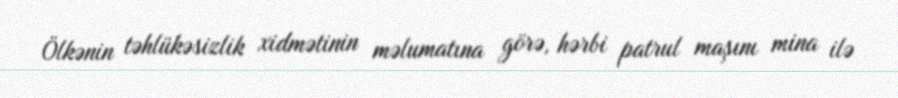
Ölkənin təhlükəsizlik xidmətinin məlumatına görə, hərbi patrul maşını mina ilə